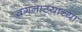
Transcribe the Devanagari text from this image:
वगनाटयाच्या